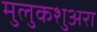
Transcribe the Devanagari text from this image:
मुलुकशुअरा